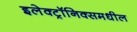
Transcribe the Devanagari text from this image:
इलेक्ट्रॉनिक्समधील